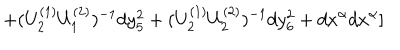
+ ( U _ { 2 } ^ { ( 1 ) } U _ { 1 } ^ { ( 2 ) } ) ^ { - 1 } d y _ { 5 } ^ { 2 } + ( U _ { 2 } ^ { ( 1 ) } U _ { 2 } ^ { ( 2 ) } ) ^ { - 1 } d y _ { 6 } ^ { 2 } + d x ^ { \alpha } d x ^ { \alpha } ]